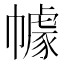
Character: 𭘶